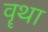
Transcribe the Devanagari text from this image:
वॄथा